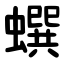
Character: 蟤